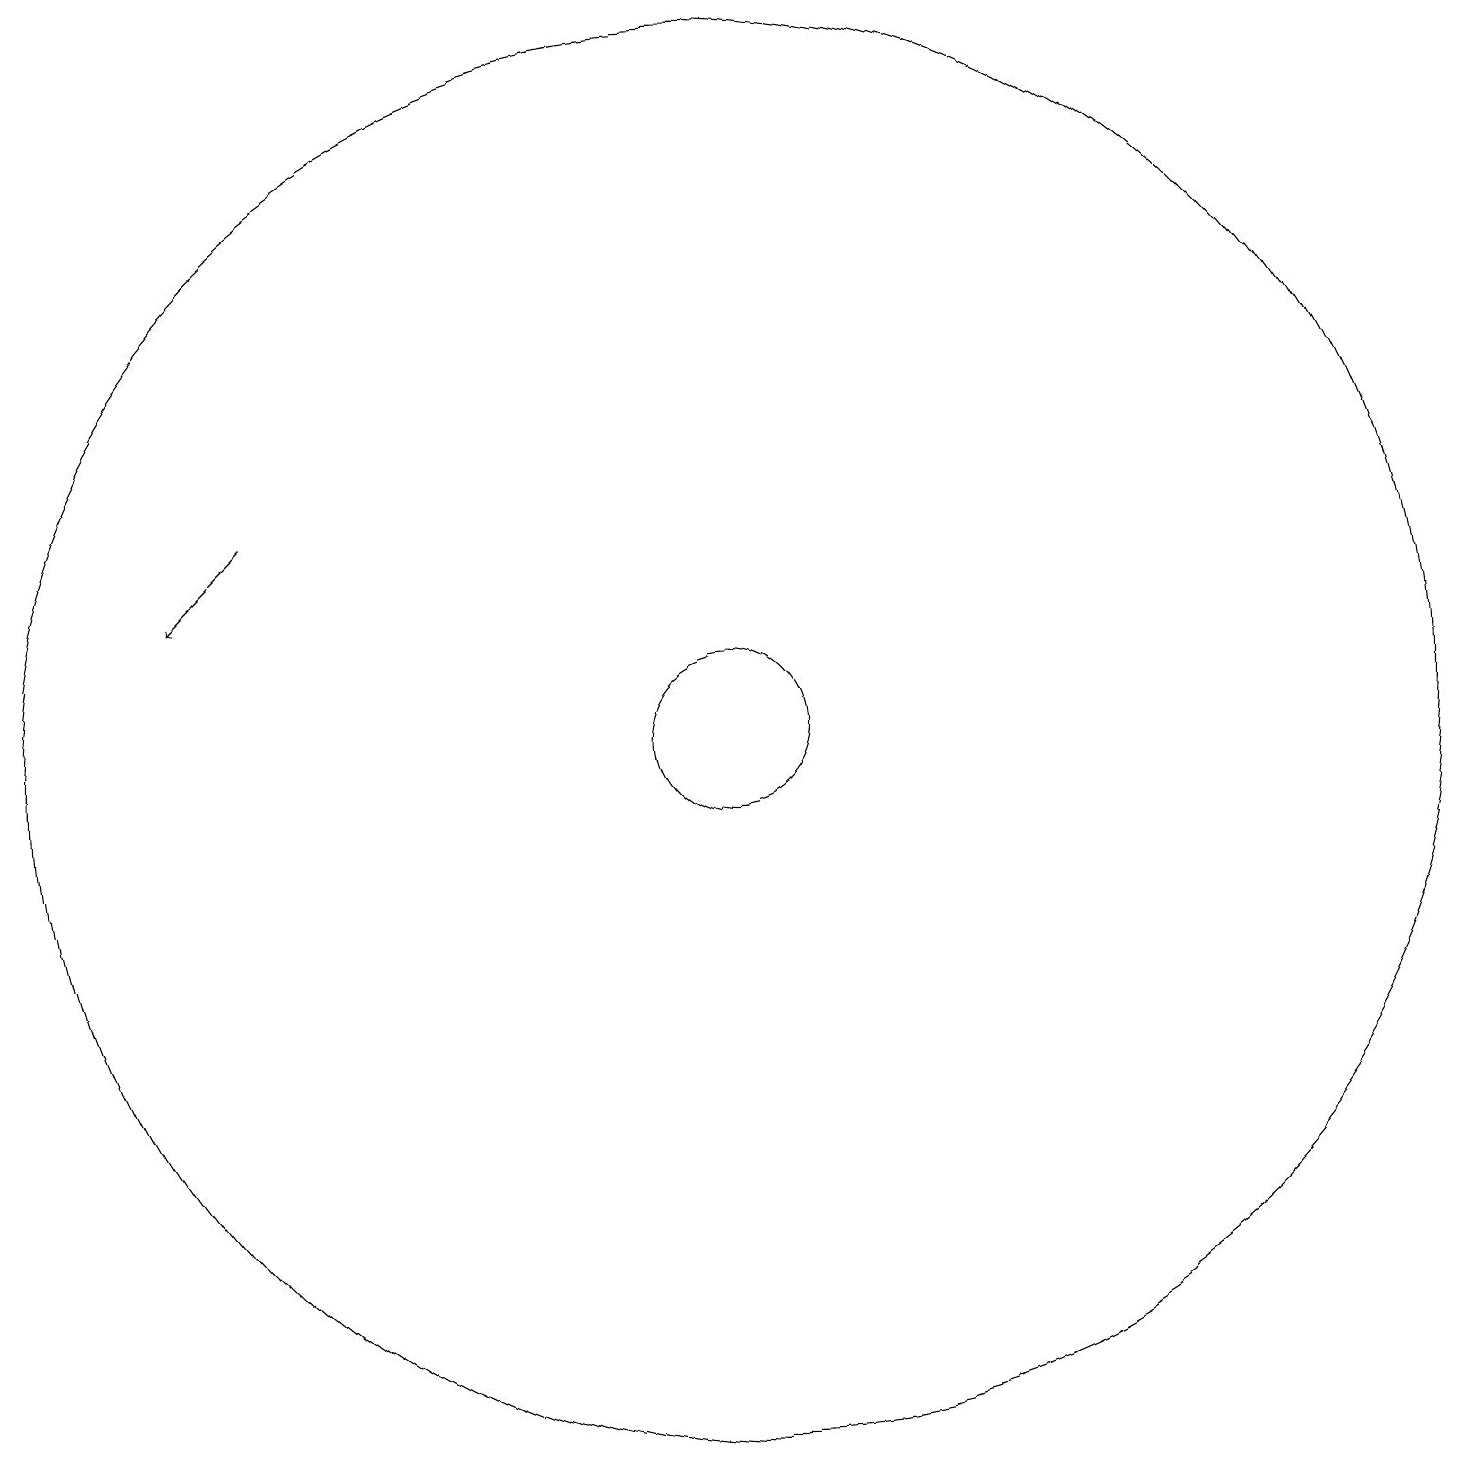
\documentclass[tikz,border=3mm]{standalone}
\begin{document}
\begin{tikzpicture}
\draw[->] (6,14) -- (5,13);
\draw (12,11) circle (1);
\draw (12,11) circle (9);
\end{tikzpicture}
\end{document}